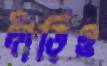
দাঁড়িও